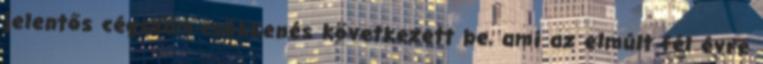
jelentős cégszám-csökkenés következett be, ami az elmúlt fél évre